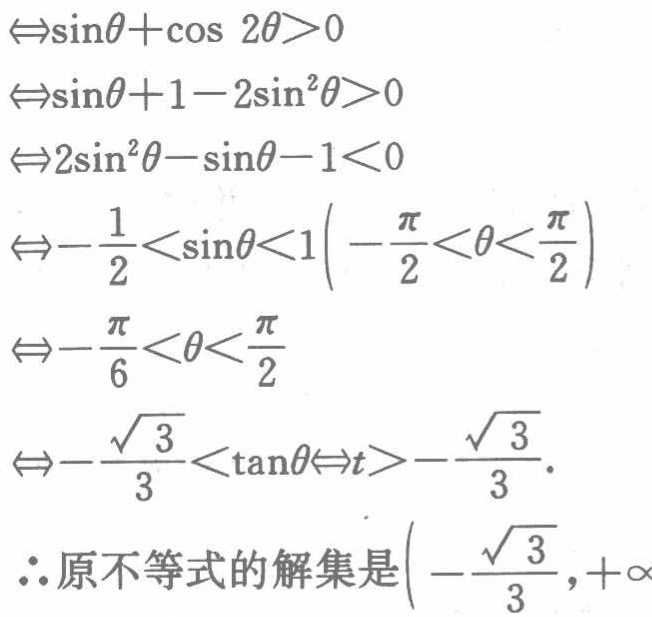
$\begin{align*}

&\Leftrightarrow\sin\theta+\cos 2\theta>0\\

&\Leftrightarrow\sin\theta + 1 - 2\sin^{2}\theta>0\\

&\Leftrightarrow2\sin^{2}\theta-\sin\theta - 1<0\\

&\Leftrightarrow-\frac{1}{2}<\sin\theta<1\left(-\frac{\pi}{2}<\theta<\frac{\pi}{2}\right)\\

&\Leftrightarrow-\frac{\pi}{6}<\theta<\frac{\pi}{2}\\

&\Leftrightarrow-\frac{\sqrt{3}}{3}<\tan\theta\Leftrightarrow t>-\frac{\sqrt{3}}{3}.\\

\end{align*}$

$\therefore$原不等式的解集是$\left(-\frac{\sqrt{3}}{3},+\infty\right)$